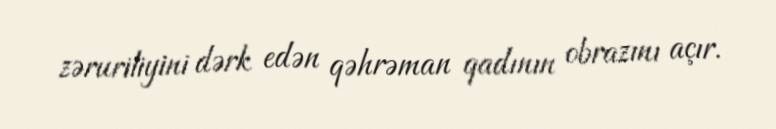
zəruriliyini dərk edən qəhrəman qadının obrazını açır.